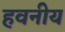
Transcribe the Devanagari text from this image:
हवनीय